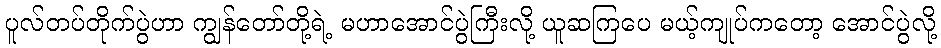
ပူလ်တပ်တိုက်ပွဲဟာ ကျွန်တော်တို့ရဲ့ မဟာအောင်ပွဲကြီးလို့ ယူဆကြပေ မယ့်ကျုပ်ကတော့ အောင်ပွဲလို့